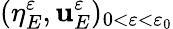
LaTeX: (\eta_{E}^{\varepsilon},\mathbf{u}_{E}^{\varepsilon})_{0<\varepsilon<\varepsilon_{0}}